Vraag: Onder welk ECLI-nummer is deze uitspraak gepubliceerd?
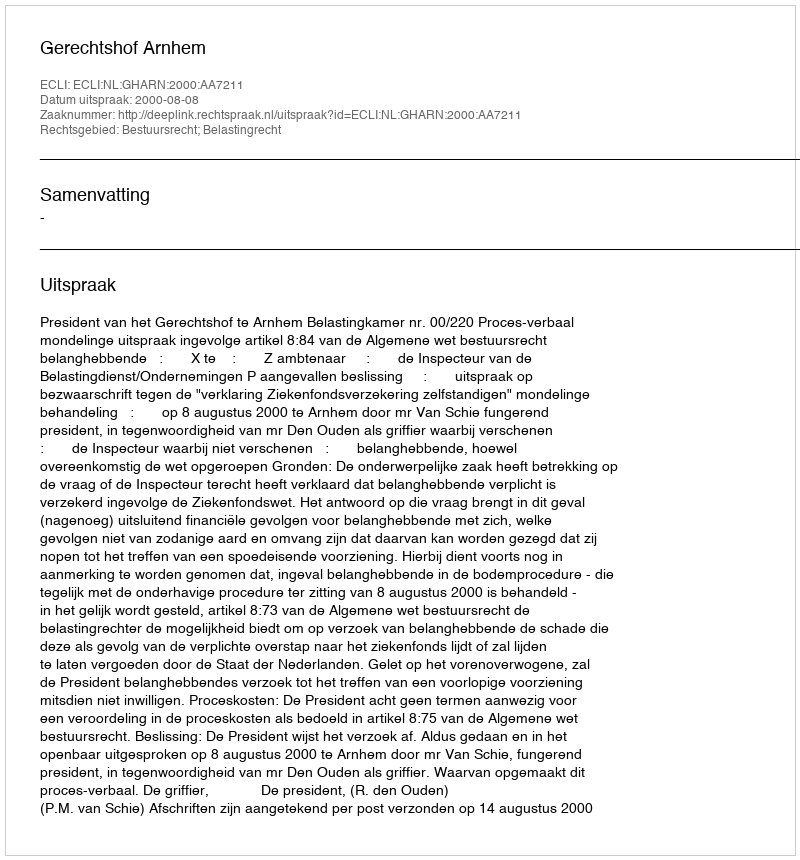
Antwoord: ECLI:NL:GHARN:2000:AA7211